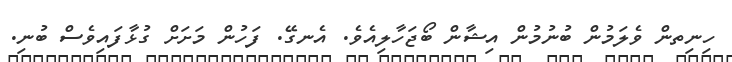
ހިނިތން ވެލަމުން ބުނުމުން އިޝާން ބޯޖަހާލިއެވެ. އެނގޭ. ފަހުން މަށަށް ގުޅާފައިވެސް ބުނި.